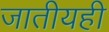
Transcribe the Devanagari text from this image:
जातीयही